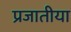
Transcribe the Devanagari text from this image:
प्रजातीया